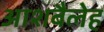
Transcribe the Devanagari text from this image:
आशबैलेह